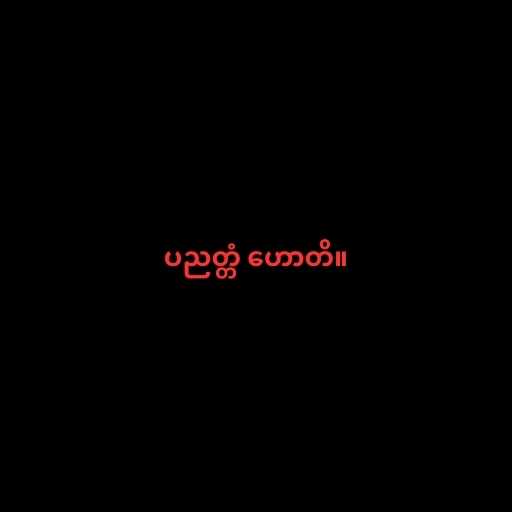
ပညတ္တံ ဟောတိ။